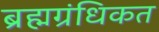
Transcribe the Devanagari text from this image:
ब्रह्मग्रंधिकत